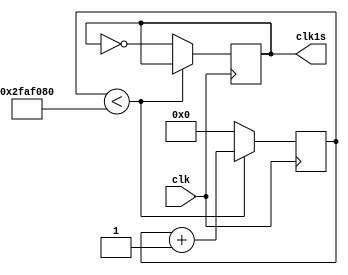
module clk1seg(
	input clk,
	output reg clk1s
    );
reg [49:0] cont;
	
	initial
	begin 
	
	cont = 0;
	clk1s = 0;
	
	end
	
	always @(posedge clk)
		if(cont < 50'd50000000)
		
		cont <= cont + 1;
		
		else
		begin
		 cont <= 0;
		 clk1s <= ~clk1s;
		 
		end


endmodule